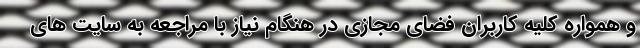
و همواره کلیه کاربران فضای مجازی در هنگام نیاز با مراجعه به سایت های